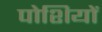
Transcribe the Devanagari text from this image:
पोशियों